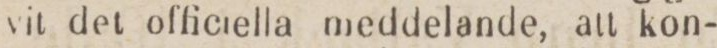
vit det officiella meddelande, att kon-